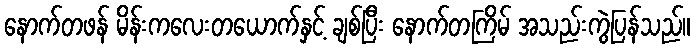
နောက်တဖန် မိန်းကလေးတယောက်နှင့် ချစ်ပြီး နောက်တကြိမ် အသည်းကွဲပြန်သည်။